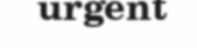
urgent